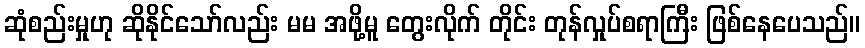
ဆုံစည်းမှုဟု ဆိုနိုင်သော်လည်း မမ အဖို့မူ တွေးလိုက် တိုင်း တုန်လှုပ်စရာကြီး ဖြစ်နေပေသည်။